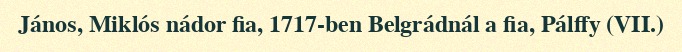
János, Miklós nádor fia, 1717-ben Belgrádnál a fia, Pálffy (VII.)